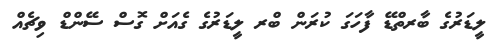
ލީޑަރުގެ ބާރތްޑޭ ފާހަގަ ކުރަން ބްރ ލީޑަރުގެ ގެއަށް ގޮސް ސޭންޑް ވިޗެއް